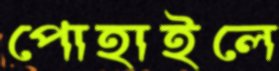
পোহাইলে